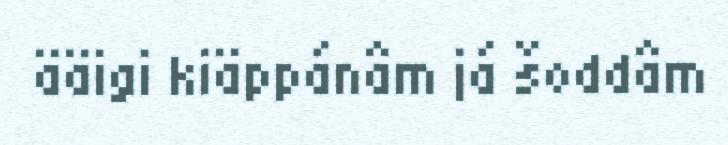
ääigi kiäppánâm já šoddâm